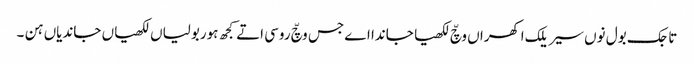
تاجک بول نوں سیریلک اکھراں وچّ لکھیا جاندا اے جس وچّ روسی اتے کجھ ہوربولیاں لکھیاں جاندیاں ہن ۔